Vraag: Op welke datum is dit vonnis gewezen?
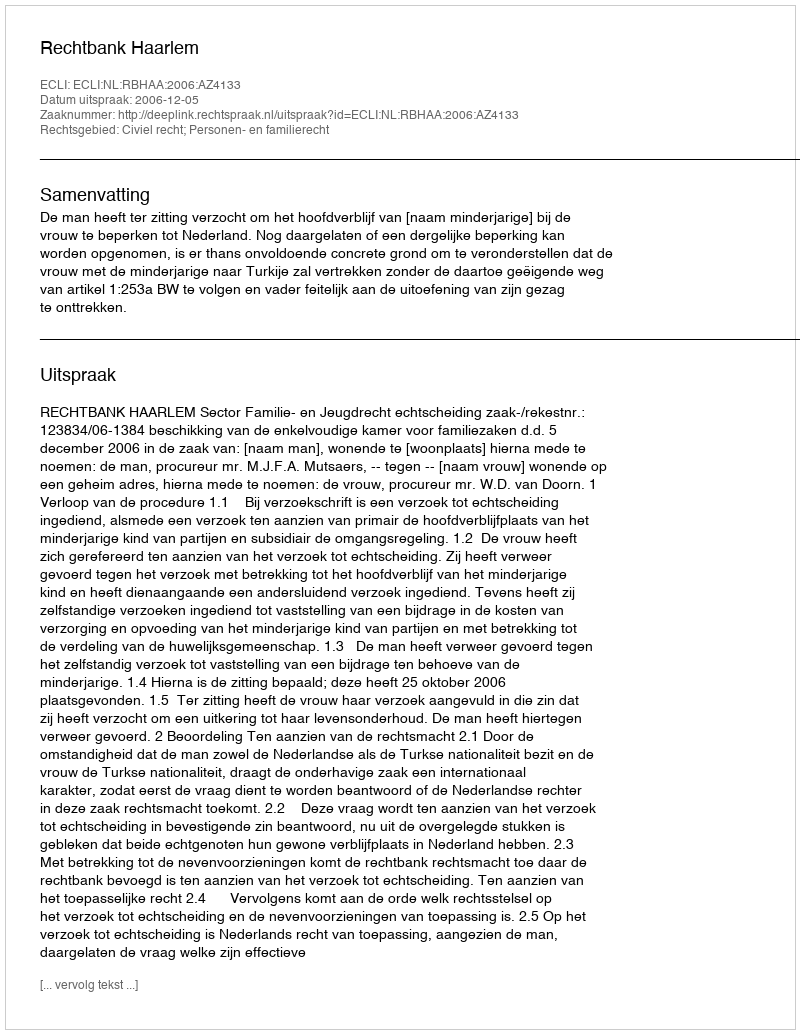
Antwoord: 2006-12-05